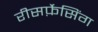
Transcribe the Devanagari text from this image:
रीसर्फ़ेसिंग